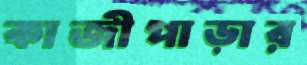
কাজীপাড়ার